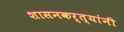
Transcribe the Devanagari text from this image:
शासनकर्त्यांनी